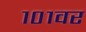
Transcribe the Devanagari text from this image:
१०१वर